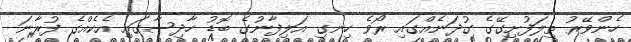
ހެންވޭރު ތިލަފުށިގޭގެ ގުދަނެއްގައި ރޯވެ ހިނގި އަލިފާނުގެ ބޮޑު ހާދިސާގައި އެކެއްގެ ފުރާނަ